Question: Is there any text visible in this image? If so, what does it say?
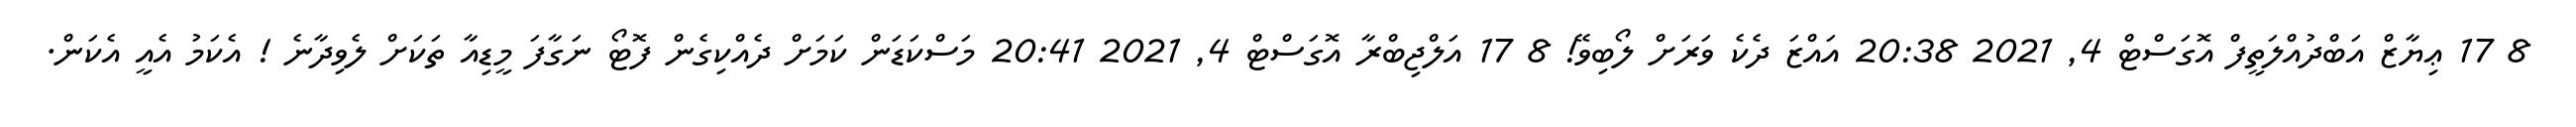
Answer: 8 17 ޢިޔާޒް އަބްދުއްލަތީފް އޮގަސްޓް 4, 2021 20:38 އައްޒަ ދެކެ ވަރަށް ލޯބިވޭ! 8 17 އަލްޖިބްރާ އޮގަސްޓް 4, 2021 20:41 މަސްކަޑަން ކަމަށް ދެއްކިގެން ފޮޓޯ ނަގާފަ މީޑިއާ ތަކަށް ލެވިދާނެ ! އެކަމު އެއީ އެކަން.